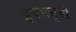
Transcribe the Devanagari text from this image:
इवात्सुबो